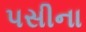
પસીના